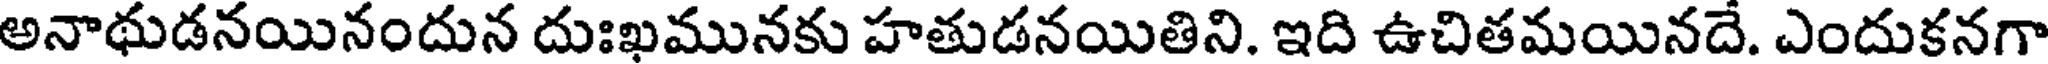
అనాథుడనయినందున దుఃఖమునకు హతుడనయితిని. ఇది ఉచితమయినదే. ఎందుకనగా